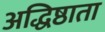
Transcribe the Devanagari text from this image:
अद्धिष्ठाता